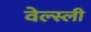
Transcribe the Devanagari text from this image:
वेल्स्ली